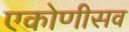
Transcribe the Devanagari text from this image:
एकोणीसव